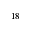
^ { 1 8 }